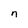
Character: n